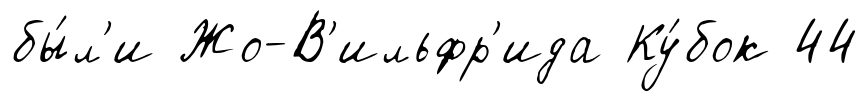
бы́л'и Жо-В'ильфр'ида Ку́бок 44